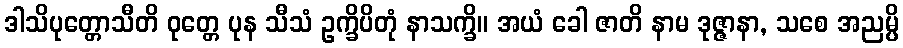
ဒါသိပုတ္တောသီတိ ဝုတ္တေ ပုန သီသံ ဥက္ခိပိတုံ နာသက္ခိ။ အယံ ခေါ ဇာတိ နာမ ဒုဇ္ဇာနာ, သစေ အညမ္ပိ